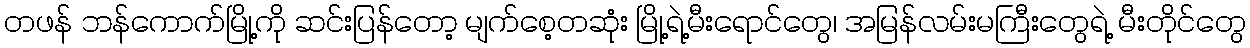
တဖန် ဘန်ကောက်မြို့ကို ဆင်းပြန်တော့ မျက်စေ့တဆုံး မြို့ရဲ့မီးရောင်တွေ၊ အမြန်လမ်းမကြီးတွေရဲ့ မီးတိုင်တွေ